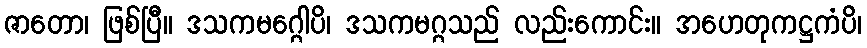
ဇာတော၊ ဖြစ်ပြီ။ ဒသကမဂ္ဂေါပိ၊ ဒသကမဂ္ဂသည် လည်းကောင်း။ အဟေတုကဋ္ဌကံပိ၊